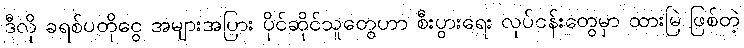
ဒီလို ခရစ်ပတိုငွေ အများအပြား ပိုင်ဆိုင်သူတွေဟာ စီးပွားရေး လုပ်ငန်းတွေမှာ ထားမြဲ ဖြစ်တဲ့